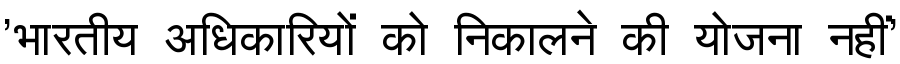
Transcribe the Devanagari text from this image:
'भारतीय अधिकारियों को निकालने की योजना नहीं'